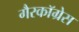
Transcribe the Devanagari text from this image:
गैरकॉग्रेस